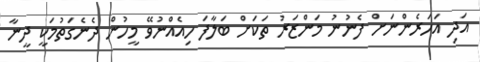
އަދި އަހަރެންނަށް ފެނުނު މަންޒަރު ތަކަށް ބަލާފަ ހިއެއްނުވޭ މީހުން ދެނެގަތުމަކީ ދީނާ